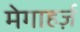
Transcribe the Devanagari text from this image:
मेगाहर्ज़